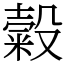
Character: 糓